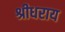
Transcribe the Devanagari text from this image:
श्रीधराय